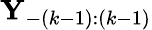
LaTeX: \mathbf{Y}_{-(k-1):(k-1)}